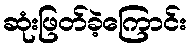
ဆုံးဖြတ်ခဲ့ကြောင်း